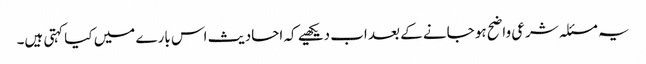
یہ مسئلہ شرعی واضح ہو جانے کے بعد اب دیکھیے کہ احادیث اس بارے میں کیا کہتی ہیں۔